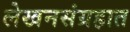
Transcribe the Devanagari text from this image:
लेखनसंग्रहात